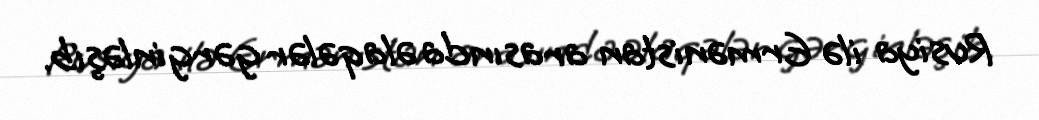
Rusiya ilə Ermənistan arasında əlaqələr gərginləşib.